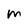
Character: M